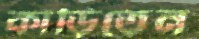
কাড়িতেন